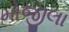
મોજીલા